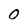
Character: 0